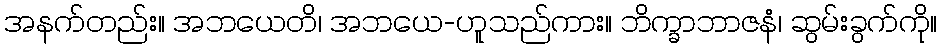
အနက်တည်း။ အဘယေတိ၊ အဘယေ-ဟူသည်ကား။ ဘိက္ခာဘာဇနံ၊ ဆွမ်းခွက်ကို။